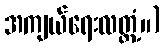
အကျယ်ရေးလတ္တံ့။)